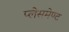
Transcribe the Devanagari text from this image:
प्लेसमेण्ट